画像に写った文字を読んでください
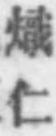
「熾仁」と書いてあります